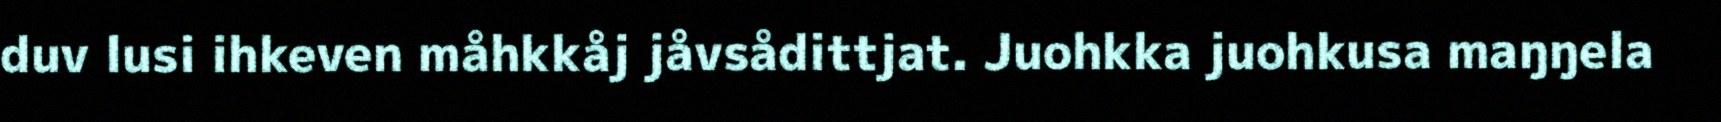
duv lusi ihkeven måhkkåj jåvsådittjat. Juohkka juohkusa maŋŋela